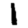
Digit: 1